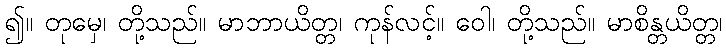
၍။ တုမှေ၊ တို့သည်။ မာဘာယိတ္တ၊ ကုန်လင့်။ ဝေါ၊ တို့သည်။ မာစိန္တယိတ္တ၊